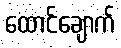
ထောင်ချောက်